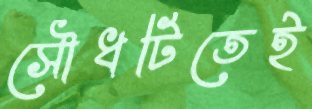
সৌধটিতেই